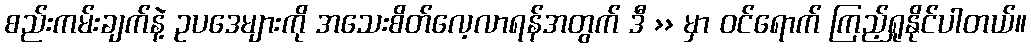
စည်းကမ်းချက်နဲ့ ဥပဒေများကို အသေးစိတ်လေ့လာရန်အတွက် ဒီ >> မှာ ၀င်ရောက် ကြည့်ရှုနိုင်ပါတယ်။